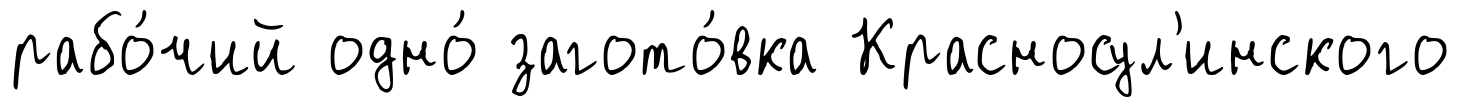
рабо́чий одно́ загото́вка Красносул'инского